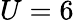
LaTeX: U=6